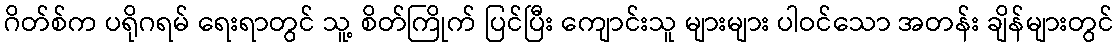
ဂိတ်စ်က ပရိုဂရမ် ရေးရာတွင် သူ့ စိတ်ကြိုက် ပြင်ပြီး ကျောင်းသူ များများ ပါဝင်သော အတန်း ချိန်များတွင်